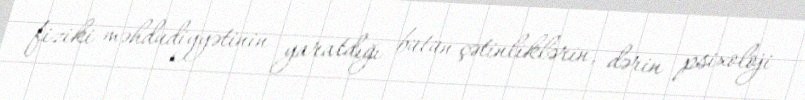
fiziki məhdudiyyətinin yaratdığı bütün çətinliklərin, dərin psixoloji